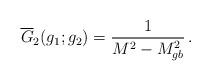
LaTeX: \begin{align*}\overline G _2 (g_1;g_2)={1\over M^2 - M^2_{gb} }\,.\end{align*}